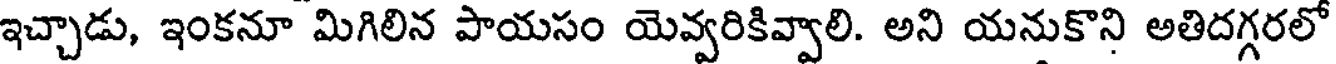
ఇచ్చాడు, ఇంకనూ మిగిలిన పాయసం యెవ్వరికివ్వాలి. అని యనుకొని అతిదగ్గరలో